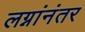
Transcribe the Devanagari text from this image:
लग्नांनंतर